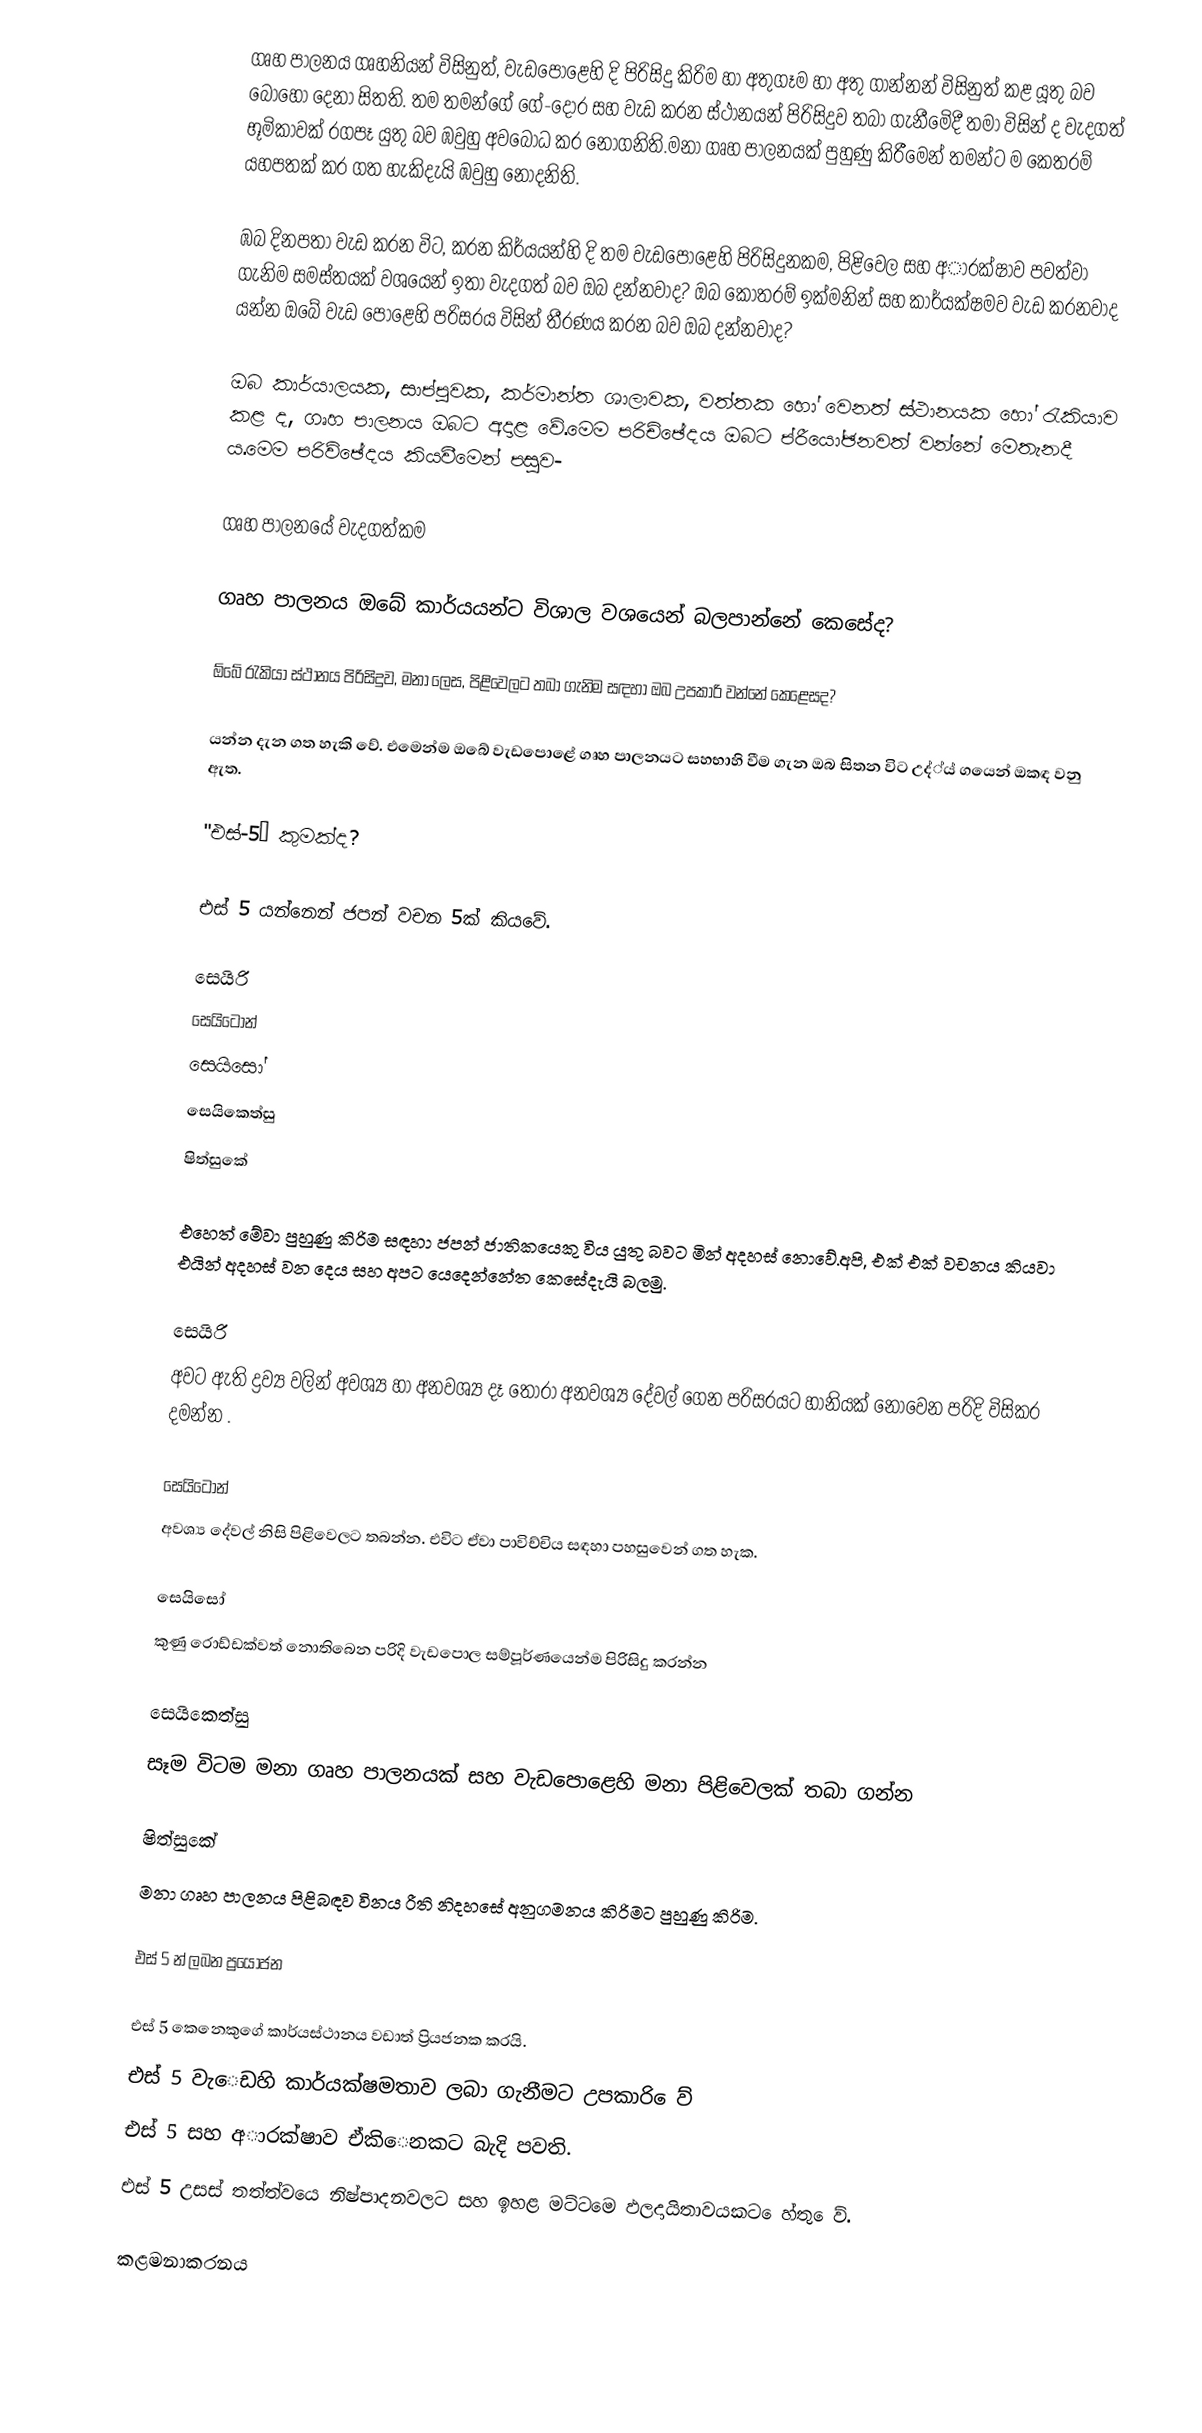
ගෘහ පාලනය ගෘහනියන් විසිනුත්, වැඩපොළෙහි දි පිරිසිදු කිරිම හා අතුගෑම හා අතු ගාන්නන් විසිනුත් කළ යූතු බව ‍බොහෝ දෙනා සිතති. තම තමන්ගේ ගේ-දොර සහ වැඩ කරන ස්ථානයන් පිරිසිදුව තබා ගැනීමෙිදී තමා විසින් ද වැදගත් භූමිකාවක් රගපෑ යුතු බව ඹවුහු අවබෝධ කර නොගනිති.මනා ගෘහ පාලනයක් පුහුණු කිරීමෙන් තමන්ට ම කෙතරම් යහපතක් කර ගත හැකිදැයි ඹවුහු නොදනිති.

ඹබ දිනපතා වැඩ කරන විට, කරන කිර්යයන්හි දි තම වැඩපොළෙහි පිරිසිදුනකම, පිළිවෙල සහ අාරක්ෂාව පවත්වා ගැනිම සමස්තයක් වශයෙන් ඉතා වැදගත් බව ඔබ දන්නවාද? ඔබ කොතරම් ඉක්මනින් සහ කාර්යක්ෂමව වැඩ කරනවාද යන්න ඔබේ වැඩ පොළෙහි පරිසරය විසින් තීරණය කරන බව ඔබ දන්නවාද?

ඔබ කාර්යාලයක, සාප්පුවක, කර්මාන්ත ශාලාවක, වත්තක හෝ වෙනත් ස්ථානයක හෝ රැකියාව කළ ද, ගෘහ පාලනය ඔබට අදාළ වේ.මෙම පරිච්ඡේදය ඔබට ප්රීයෝඡනවත් වන්නේ මෙතැනදී ය.මෙම පරිව්ඡේදය කියවීමෙන් පසුව-

 ගෘහ පාලනයේ වැදගත්කම

 ගෘහ පාලනය ඔ‍බේ කාර්යයන්ට විශාල වශයෙන් බලපාන්නේ කෙසේද?

 ඕබේ රැකියා ස්ථානය පිරිසිදුව, මනා ලෙස, පිළිවෙලට තබා ගැනිම සඳහා ඔබ උපකාරි වන්නේ කෙළෙසද?

යන්න දැන ගත හැකි වේ. එමෙන්ම ඔබේ වැ‍ඩපොළේ ගෘහ පාලනයට සහභාහි වීම ගැන ඔබ සිතන විට උද්්ය් ගයෙන් ඔකඳ වනු ඇත.

"එස්-5” කුමක්ද?

එස් 5 යන්නෙන් ජපන් ව‍චන 5ක් කියවේ.

 සෙයිරි
 සෙයිටෝන්
 සෙයිසෝ
 සෙයිකෙත්සු
 ෂිත්සුකේ

එහෙත් මේවා පුහුණු කිරිම සඳහා ජපන් ජාතිකයෙකු විය යුතු බවට මින් අදහස් නොවේ.අපි, එක් එක් වචනය කියවා එයින් අදහස් වන දෙය සහ අපට යෙදෙන්නේත කෙසේදැයි බලමු.

සෙයිරි
 අවට ඇති ද්‍රව්‍ය වලින් අවශ්‍ය හා අනවශ්‍ය දෑ තෝරා අනවශ්‍ය දේවල් ගෙන පරිසරයට හානියක් නොවෙන පරිදි විසිකර දමන්න .

සෙයිටෝන්
අවශ්‍ය දේවල් නිසි පිළිවෙලට තබන්න. එවිට ඒවා පාවිච්චිය සඳහා පහසුවෙන් ගත හැක.

සෙයිසෝ
කුණු රොඩ්ඩක්වත්  නොතිබෙන පරිදි   වැඩපොල සම්පූර්ණයෙන්ම පිරිසිදු කරන්න

සෙයිකෙත්සු
සෑම විටම මනා ගෘහ පාලනයක් සහ වැඩපොළෙහි මනා පිළිවෙලක් තබා ගන්න

ෂිත්සුකේ
මනා ගෘහ පාලනය පිළිබඳව විනය රීති නිදහසේ අනුගමනය කිරිමට පුහුණු කිරිම.

එස් 5 න් ලබන ප්‍රයෝජන

 එස් 5 කෙනෙකුගේ කාර්යස්ථානය වඩාත් ප්‍රියජනක කරයි.
 එස් 5 වැෙඩහි කාර්යක්ෂමතාව ලබා ගැනීමට උපකාරි ෙව්
 එස් 5 සහ අාරක්ෂාව ඒකිෙනකට බැදි පවති.
 එස් 5 උසස් තත්ත්වයෙ නිෂ්පාදනවලට සහ ඉහළ මට්ටමෙ ඵලදායිතාවයකට ෙහ්තු ෙව්.

කළමනාකරනය